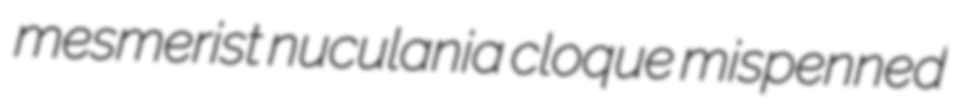
mesmerist nuculania cloque mispenned